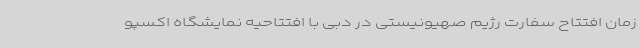
زمان افتتاح سفارت رژیم صهیونیستی در دبی با افتتاحیه نمایشگاه اکسپو